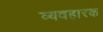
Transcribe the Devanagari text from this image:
व्यवहारक